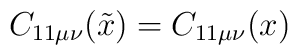
C_{11 \mu \nu} (\tilde{x}) = C_{11 \mu \nu} (x)